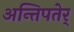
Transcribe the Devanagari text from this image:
अन्तिपतेर्